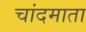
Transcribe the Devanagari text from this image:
चांदमाता